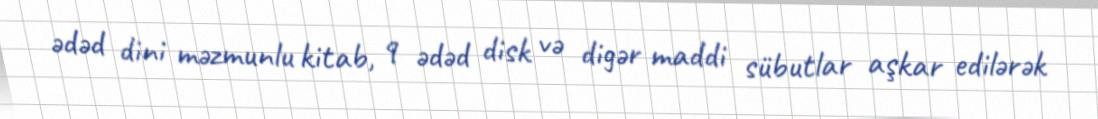
ədəd dini məzmunlu kitab, 9 ədəd disk və digər maddi sübutlar aşkar edilərək